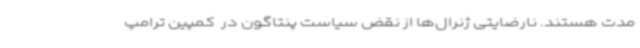
مدت هستند. نارضایتی ژنرال‌ها از نقض سیاست پنتاگون در  کمپین ترامپ